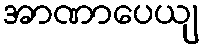
အာဏာပေယျ